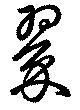
翠